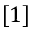
[ 1 ]